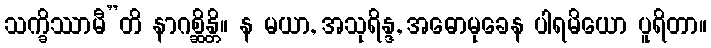
သက္ခိဿာမီ”တိ နာဂစ္ဆိန္တိ။ န မယာ, အသုရိန္ဒ, အဓောမုခေန ပါရမိယော ပူရိတာ။